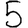
Digit: 5